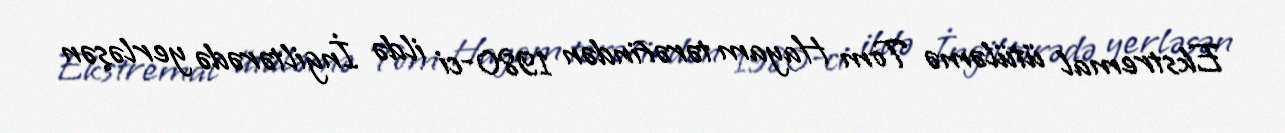
Ekstremal ütüləmə Tom Hayam tərəfindən 1980-ci ildə İngiltərədə yerləşən